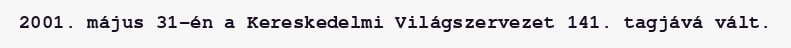
2001. május 31-én a Kereskedelmi Világszervezet 141. tagjává vált.